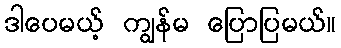
ဒါပေမယ့် ကျွန်မ ပြောပြမယ်။